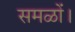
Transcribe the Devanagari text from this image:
समळों।